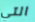
التي